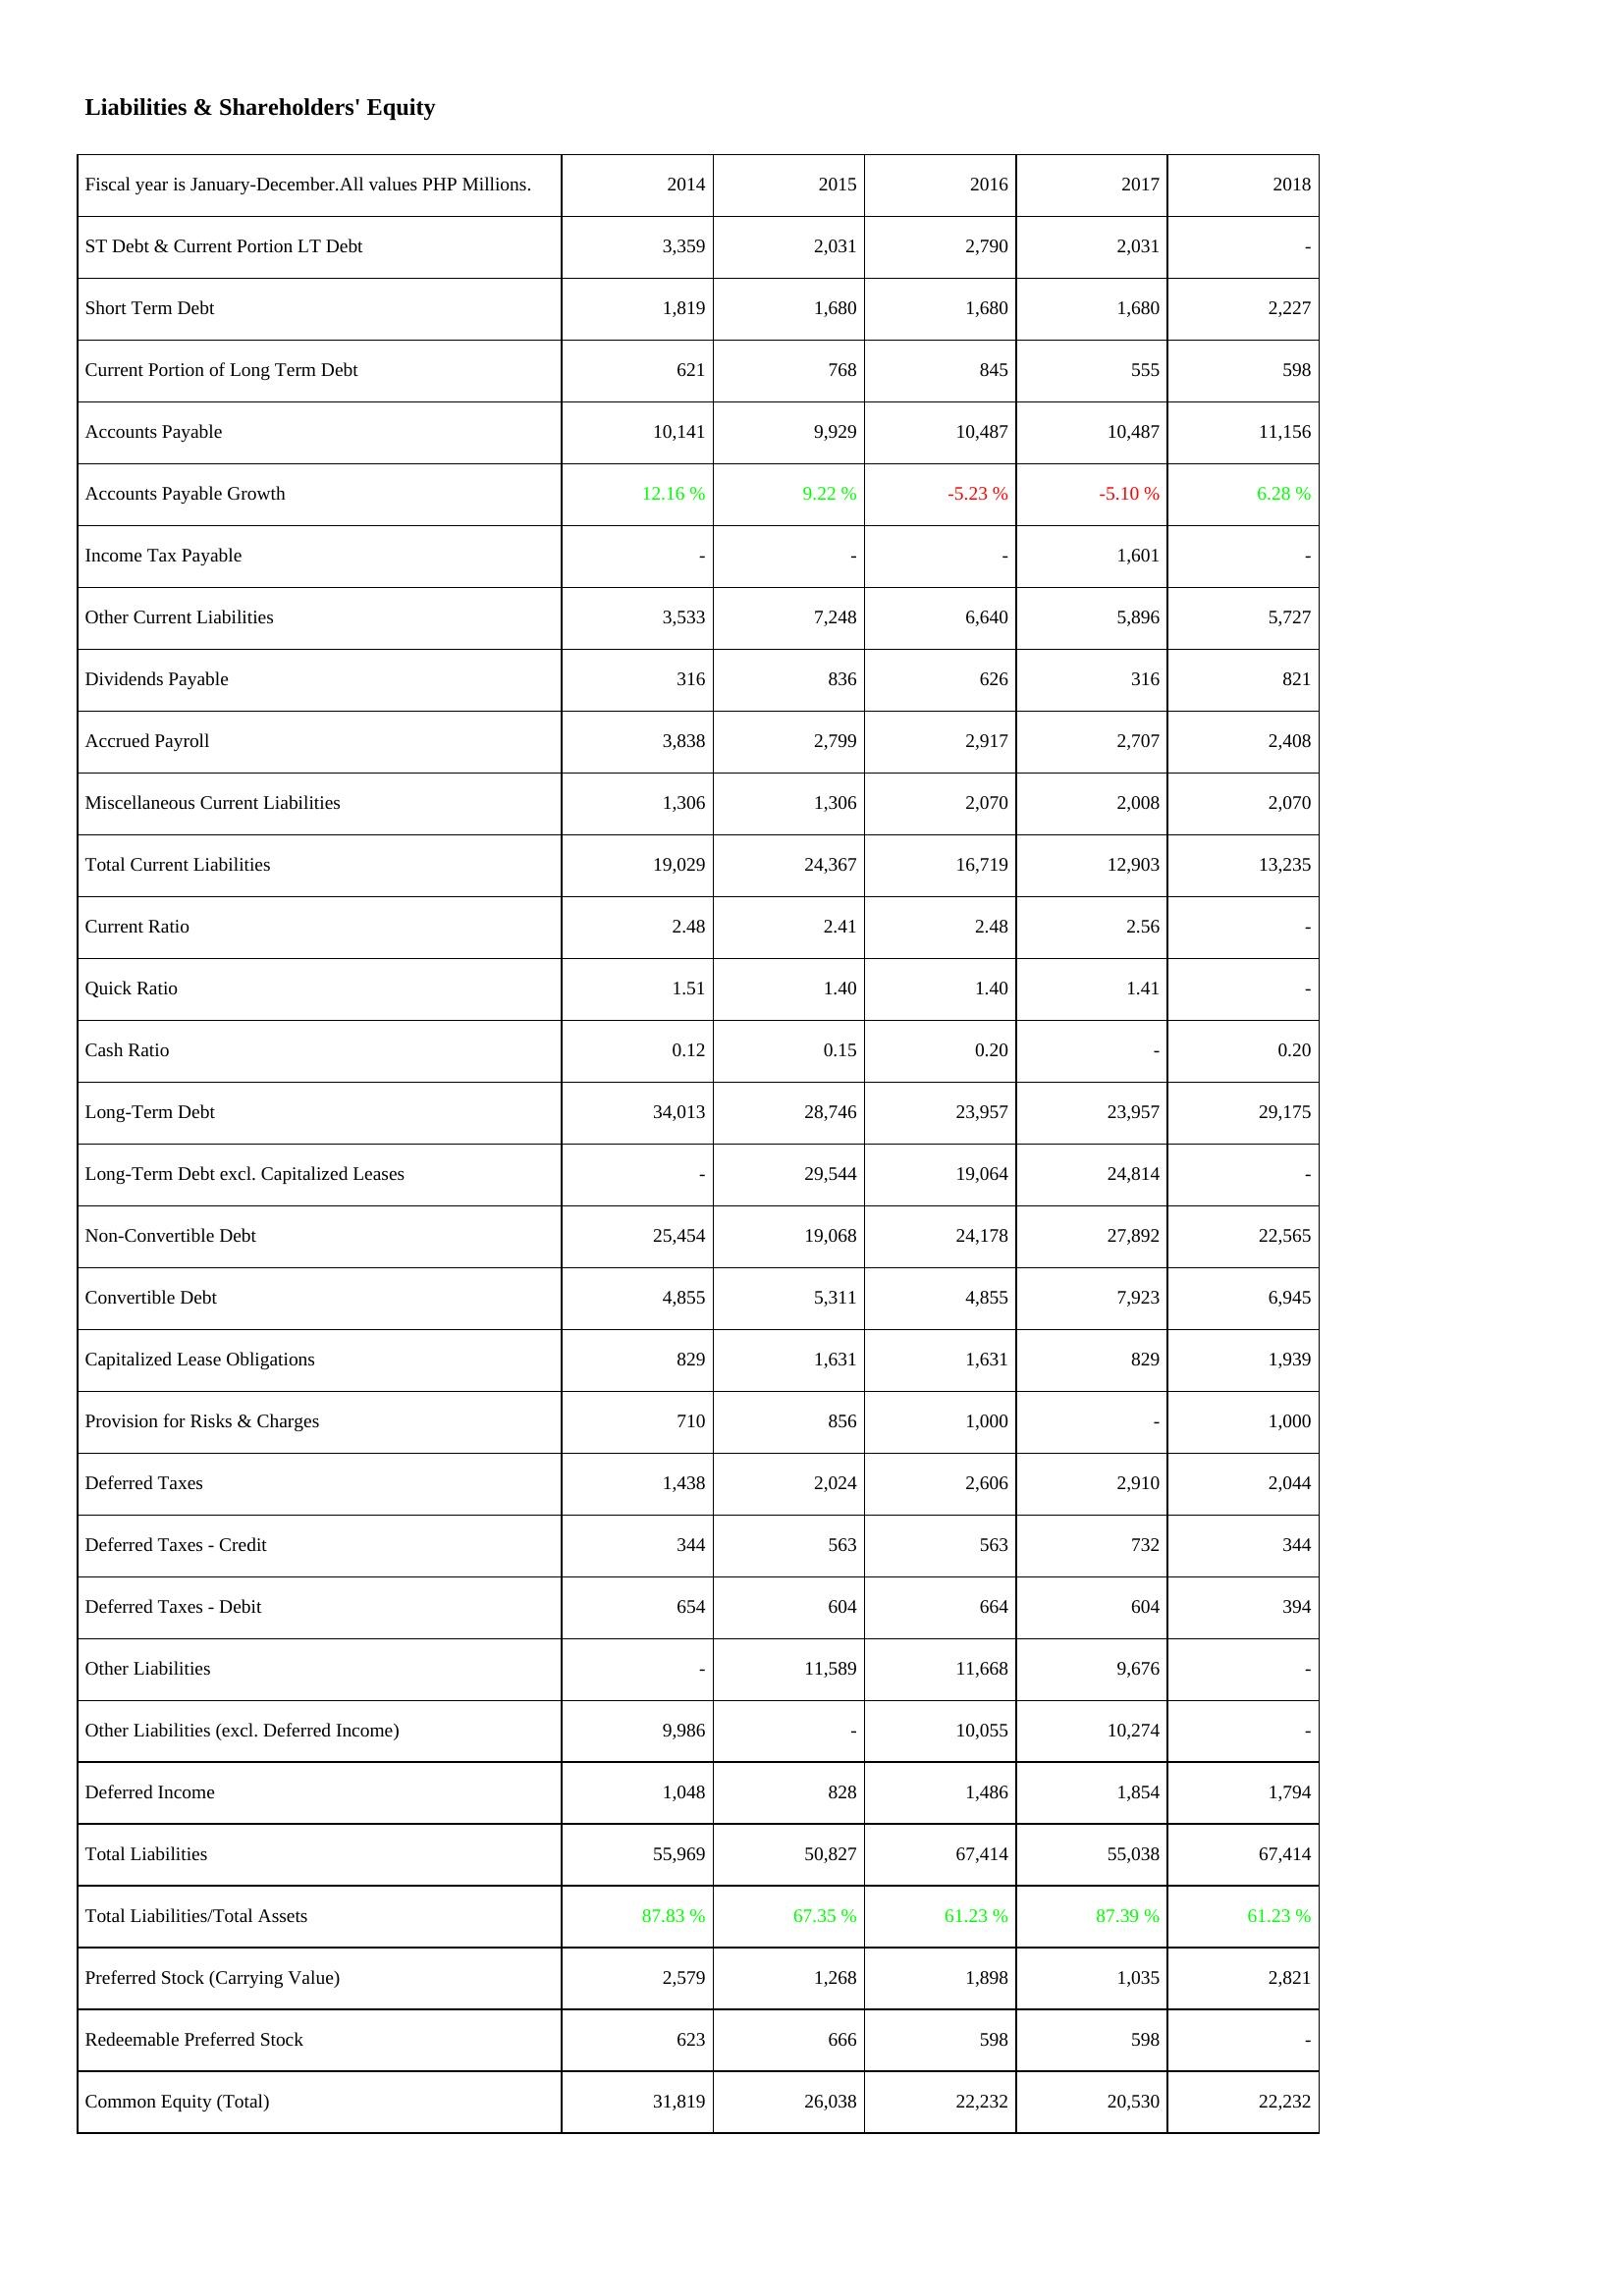
2014: Liabilities & Shareholders' Equity: ST Debt & Current Portion LT Debt: 3,359
Short Term Debt: 1,819
Current Portion of Long Term Debt: 621
Accounts Payable: 10,141
Accounts Payable Growth: 12.16 %
Income Tax Payable: -
Other Current Liabilities: 3,533
Dividends Payable: 316
Accrued Payroll: 3,838
Miscellaneous Current Liabilities: 1,306
Total Current Liabilities: 19,029
Current Ratio: 2.48
Quick Ratio: 1.51
Cash Ratio: 0.12
Long-Term Debt: 34,013
Long-Term Debt excl. Capitalized Leases: -
Non-Convertible Debt: 25,454
Convertible Debt: 4,855
Capitalized Lease Obligations: 829
Provision for Risks & Charges: 710
Deferred Taxes: 1,438
Deferred Taxes - Credit: 344
Deferred Taxes - Debit: 654
Other Liabilities: -
Other Liabilities (excl. Deferred Income): 9,986
Deferred Income: 1,048
Total Liabilities: 55,969
Total Liabilities/Total Assets: 87.83 %
Preferred Stock (Carrying Value): 2,579
Redeemable Preferred Stock: 623
Common Equity (Total): 31,819
2015: Liabilities & Shareholders' Equity: ST Debt & Current Portion LT Debt: 2,031
Short Term Debt: 1,680
Current Portion of Long Term Debt: 768
Accounts Payable: 9,929
Accounts Payable Growth: 9.22 %
Income Tax Payable: -
Other Current Liabilities: 7,248
Dividends Payable: 836
Accrued Payroll: 2,799
Miscellaneous Current Liabilities: 1,306
Total Current Liabilities: 24,367
Current Ratio: 2.41
Quick Ratio: 1.40
Cash Ratio: 0.15
Long-Term Debt: 28,746
Long-Term Debt excl. Capitalized Leases: 29,544
Non-Convertible Debt: 19,068
Convertible Debt: 5,311
Capitalized Lease Obligations: 1,631
Provision for Risks & Charges: 856
Deferred Taxes: 2,024
Deferred Taxes - Credit: 563
Deferred Taxes - Debit: 604
Other Liabilities: 11,589
Other Liabilities (excl. Deferred Income): -
Deferred Income: 828
Total Liabilities: 50,827
Total Liabilities/Total Assets: 67.35 %
Preferred Stock (Carrying Value): 1,268
Redeemable Preferred Stock: 666
Common Equity (Total): 26,038
2016: Liabilities & Shareholders' Equity: ST Debt & Current Portion LT Debt: 2,790
Short Term Debt: 1,680
Current Portion of Long Term Debt: 845
Accounts Payable: 10,487
Accounts Payable Growth: -5.23 %
Income Tax Payable: -
Other Current Liabilities: 6,640
Dividends Payable: 626
Accrued Payroll: 2,917
Miscellaneous Current Liabilities: 2,070
Total Current Liabilities: 16,719
Current Ratio: 2.48
Quick Ratio: 1.40
Cash Ratio: 0.20
Long-Term Debt: 23,957
Long-Term Debt excl. Capitalized Leases: 19,064
Non-Convertible Debt: 24,178
Convertible Debt: 4,855
Capitalized Lease Obligations: 1,631
Provision for Risks & Charges: 1,000
Deferred Taxes: 2,606
Deferred Taxes - Credit: 563
Deferred Taxes - Debit: 664
Other Liabilities: 11,668
Other Liabilities (excl. Deferred Income): 10,055
Deferred Income: 1,486
Total Liabilities: 67,414
Total Liabilities/Total Assets: 61.23 %
Preferred Stock (Carrying Value): 1,898
Redeemable Preferred Stock: 598
Common Equity (Total): 22,232
2017: Liabilities & Shareholders' Equity: ST Debt & Current Portion LT Debt: 2,031
Short Term Debt: 1,680
Current Portion of Long Term Debt: 555
Accounts Payable: 10,487
Accounts Payable Growth: -5.10 %
Income Tax Payable: 1,601
Other Current Liabilities: 5,896
Dividends Payable: 316
Accrued Payroll: 2,707
Miscellaneous Current Liabilities: 2,008
Total Current Liabilities: 12,903
Current Ratio: 2.56
Quick Ratio: 1.41
Cash Ratio: -
Long-Term Debt: 23,957
Long-Term Debt excl. Capitalized Leases: 24,814
Non-Convertible Debt: 27,892
Convertible Debt: 7,923
Capitalized Lease Obligations: 829
Provision for Risks & Charges: -
Deferred Taxes: 2,910
Deferred Taxes - Credit: 732
Deferred Taxes - Debit: 604
Other Liabilities: 9,676
Other Liabilities (excl. Deferred Income): 10,274
Deferred Income: 1,854
Total Liabilities: 55,038
Total Liabilities/Total Assets: 87.39 %
Preferred Stock (Carrying Value): 1,035
Redeemable Preferred Stock: 598
Common Equity (Total): 20,530
2018: Liabilities & Shareholders' Equity: ST Debt & Current Portion LT Debt: -
Short Term Debt: 2,227
Current Portion of Long Term Debt: 598
Accounts Payable: 11,156
Accounts Payable Growth: 6.28 %
Income Tax Payable: -
Other Current Liabilities: 5,727
Dividends Payable: 821
Accrued Payroll: 2,408
Miscellaneous Current Liabilities: 2,070
Total Current Liabilities: 13,235
Current Ratio: -
Quick Ratio: -
Cash Ratio: 0.20
Long-Term Debt: 29,175
Long-Term Debt excl. Capitalized Leases: -
Non-Convertible Debt: 22,565
Convertible Debt: 6,945
Capitalized Lease Obligations: 1,939
Provision for Risks & Charges: 1,000
Deferred Taxes: 2,044
Deferred Taxes - Credit: 344
Deferred Taxes - Debit: 394
Other Liabilities: -
Other Liabilities (excl. Deferred Income): -
Deferred Income: 1,794
Total Liabilities: 67,414
Total Liabilities/Total Assets: 61.23 %
Preferred Stock (Carrying Value): 2,821
Redeemable Preferred Stock: -
Common Equity (Total): 22,232